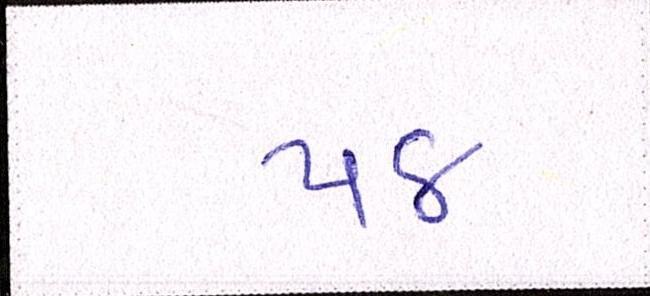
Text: ૫૪